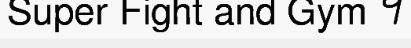
Super Fight and Gym ។